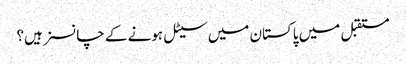
مستقبل میں پاکستان میں سیٹل ہونے کے چانسز ہیں؟